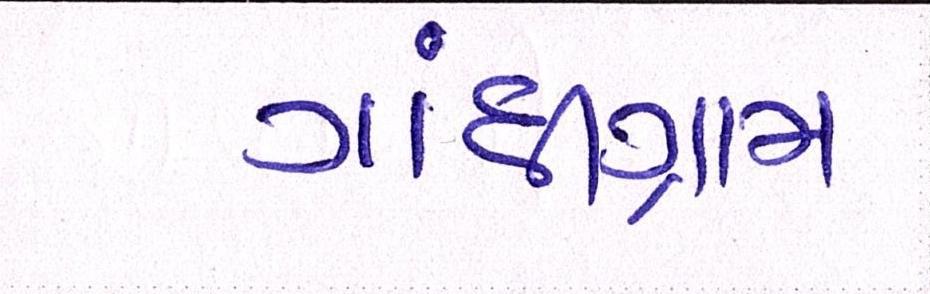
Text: ગાંધીગ્રામ